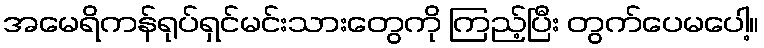
အမေရိကန်ရုပ်ရှင်မင်းသားတွေကို ကြည့်ပြီး တွက်ပေမပေါ့။